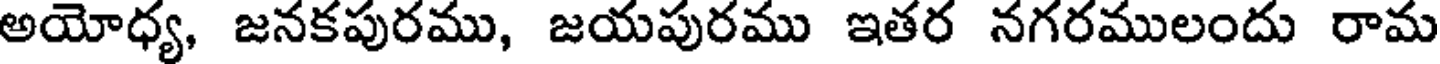
అయోధ్య, జనకపురము, జయపురము ఇతర నగరములందు రామ